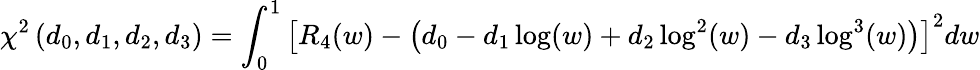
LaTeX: \chi^{2}\left(d_{0},d_{1},d_{2},d_{3}\right)=\int_{0}^{1}\left[R_{4}(w)-\left(d_{0}-d_{1}\log(w)+d_{2}\log^{2}(w)-d_{3}\log^{3}(w)\right)\right]^{2}dw